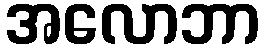
အလောဘာ